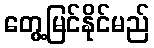
တွေ့မြင်နိုင်မည်